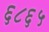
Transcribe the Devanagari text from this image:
६८६५